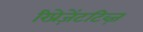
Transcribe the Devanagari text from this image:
रिप्रेज़ेंटटिव्ज़